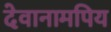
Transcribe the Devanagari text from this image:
देवानामपिय